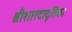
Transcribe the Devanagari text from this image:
श्रीशारदादूतिका